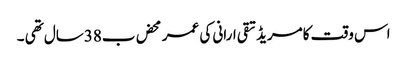
اس وقت کامریڈ تقی ارانی کی عمر محض ب38سال تھی ۔